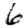
Digit: 6